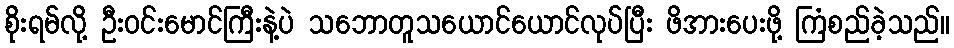
စိုးရမ်လို့ ဦးဝင်းမောင်ကြီးနဲ့ပဲ သဘောတူသယောင်ယောင်လုပ်ပြီး ဖိအားပေးဖို့ ကြံစည်ခဲ့သည်။